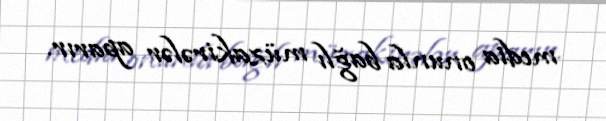
media onunla bağlı müzakirələr aparır.